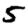
Digit: 5